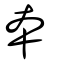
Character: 夲